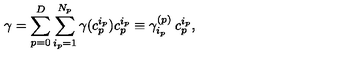
\gamma = \sum _ { p = 0 } ^ { D } \sum _ { i _ { p } = 1 } ^ { N _ { p } } \gamma ( c _ { p } ^ { i _ { p } } ) c _ { p } ^ { i _ { p } } \equiv \gamma _ { i _ { p } } ^ { ( p ) } \: c _ { p } ^ { i _ { p } } ,